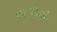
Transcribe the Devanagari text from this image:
पराध्वनी